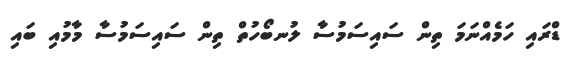
ޑްރައި ހަމެއްނަމަ ތިން ސައިސަމުސާ ލުނބޯހުތް ތިން ސައިސަމުސާ މާމުއި ބައި